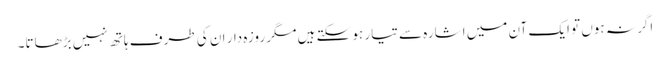
اگر نہ ہوں تو ایک آن میں اشارہ سے تیار ہو سکتے ہیں مگر روزہ دار ان کی طرف ہاتھ نہیں بڑھاتا۔